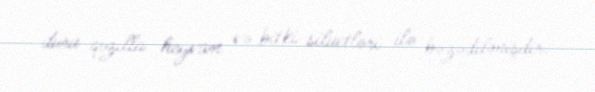
duru qızılla heyvan və bitki siluetləri ilə bəzədilmişdir.